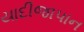
યાદીજાપાન